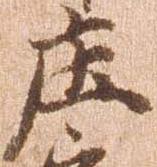
庄